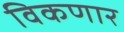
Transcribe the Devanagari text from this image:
विकणार